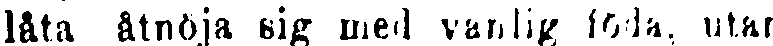
låta åtnöja eig med vanlig föda, utan